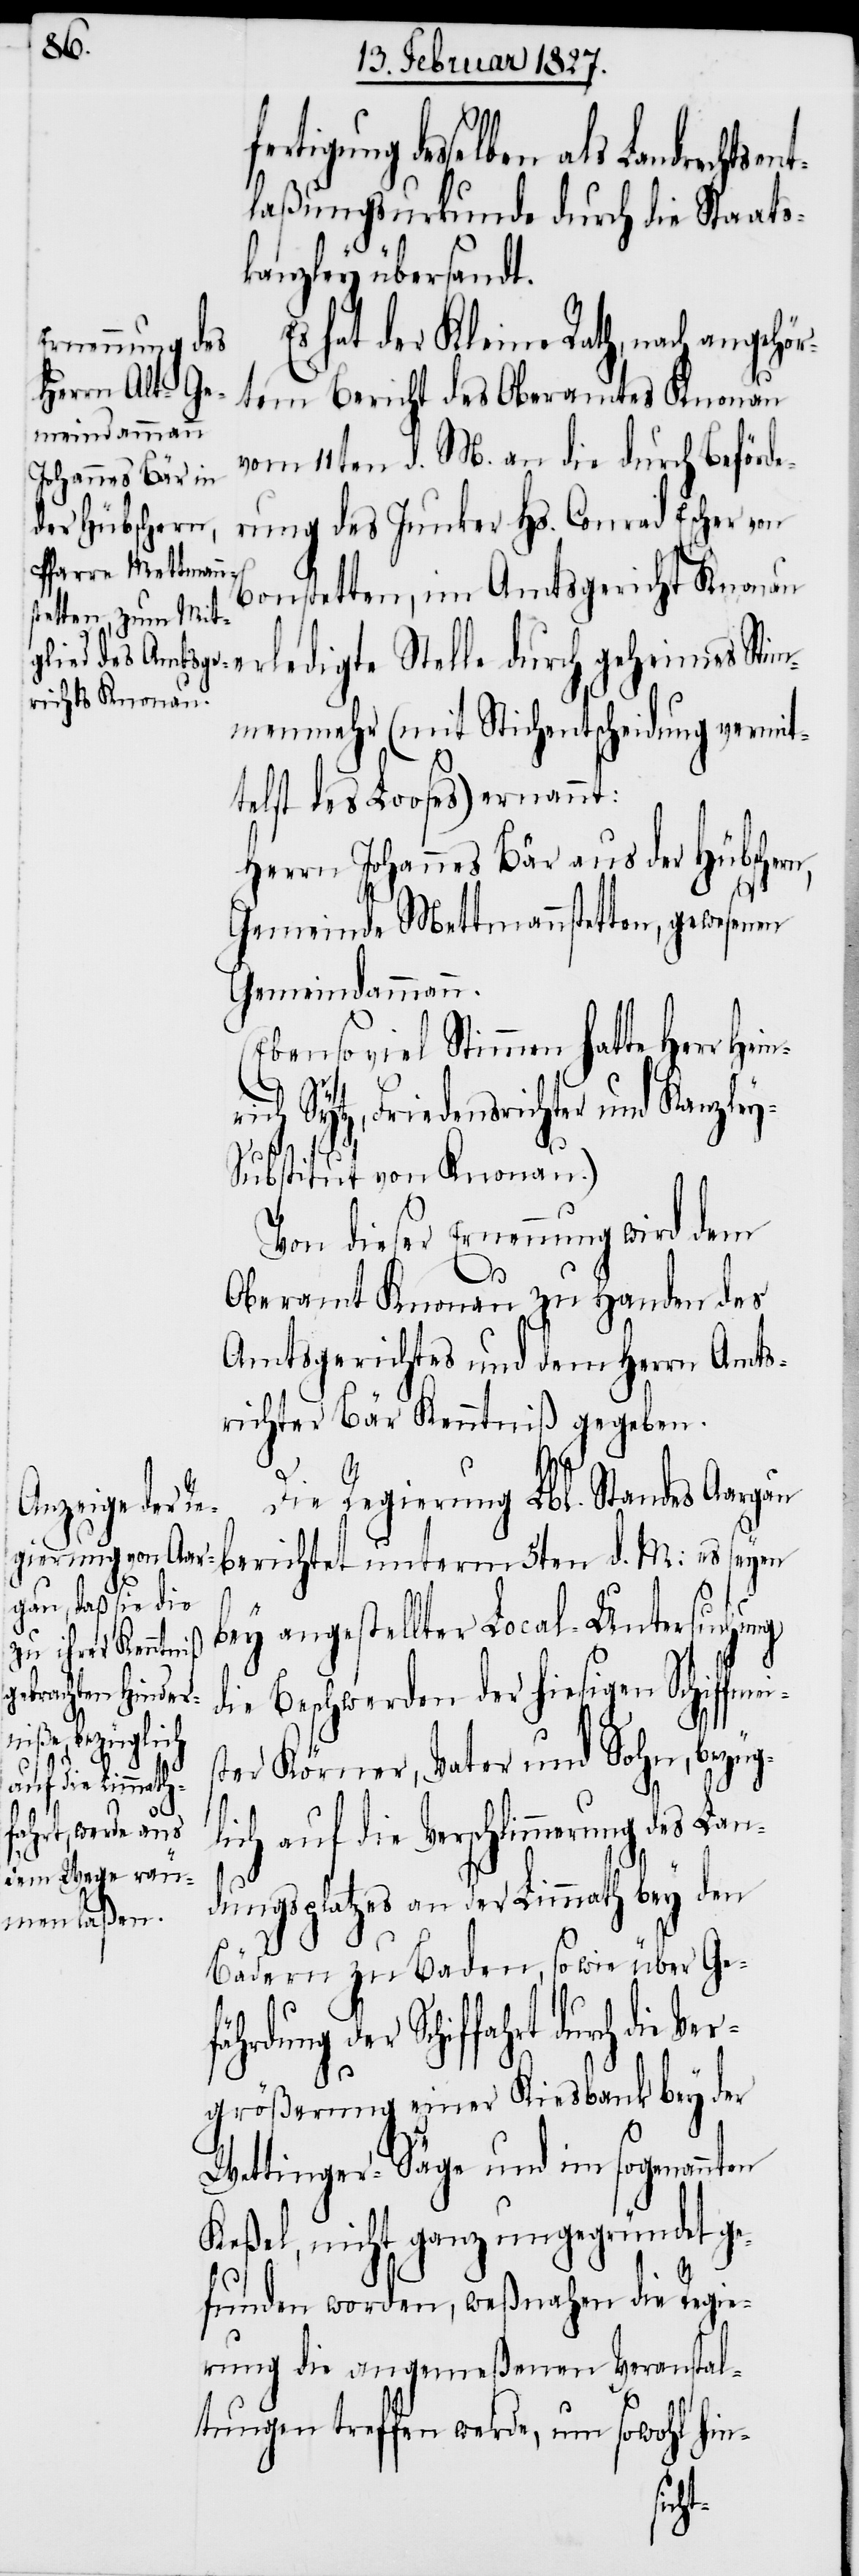
erung des Lan¬
laßungsurkunde durch die Staats¬
kanzley übersandt.
Es hat der Kleine Rath, nach angehör¬
tem Bericht des Oberamtes Knonau
vom 11ten d. M. an die durch Beförde¬
rung des Junker Hs. Conrad Escher von
Bonstetten, im Amtsgericht Knonau
erledigte Stelle durch geheimes Stim¬
menmehr (mit Stichentscheidung vermit¬
telst des Looses) ernannt:
Herrn Johannes Bär aus der Hübschern,
Gemeinde Mettmannstetten, gewesenen
Gemeindammann.
(Ebenso viel Stimmen hatte Her¬
r
Sytz, Friedensrichter und Kanzle¬
ubstitut von Knonau.)
Von dieser Ernennung wird dem
Oberamt Knonau zu Handen des
Amtsgerichtes und dem Herrn Amts¬
richter Bär Kenntniß gegeben.
Die Regierung Lbl. Standes Aargau
berichtet unterm 5ten d. M: es seyen
bey angestellter Local-Untersuchung
die Beschwerden der hiesigen Schiffme¬
is¬
ter Körner, Vater und Sohn, bezüg¬
dungsplatzes an der Limmath bey den
Bädern zu Baden, so wie über Ge¬
fahrt durch die Ver¬
größerung einer Kiesbank bey der
Wettinger-Säge und im sogenannten
Keßel, nicht ganz ungegründet ge¬
funden worden, weßnahen die Regie¬
rung die angemeßenen Veranstal¬
tungen treffen werde, um sowohl hin-
lich